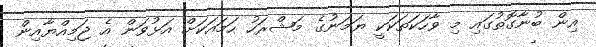
އިން ބުނާގޮތުގައި މި ވާހަކަތަކަކީ ޔަމަނުގެ މަޝްރަހު ހަމައަކަށް އަޅުވަން އެ ޖަމިއްޔާއިން